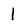
Character: l